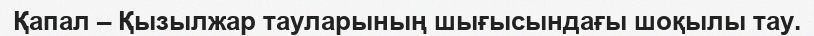
Қапал – Қызылжар тауларының шығысындағы шоқылы тау.